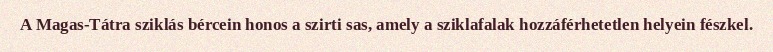
A Magas-Tátra sziklás bércein honos a szirti sas, amely a sziklafalak hozzáférhetetlen helyein fészkel.